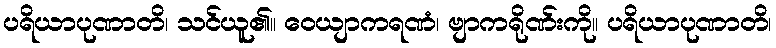
ပရိယာပုဏာတိ၊ သင်ယူ၏။ ဝေယျာကရဏံ၊ ဗျာကရိုဏ်းကို။ ပရိယာပုဏာတိ၊